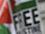
free